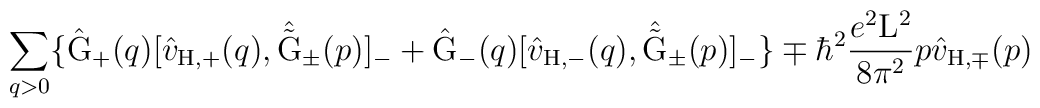
\sum_{q>0} \{ \hat{\rm G}_{+}(q) [\hat{v}_{\rm H,+}(q) ,\hat{\tilde{\rm G}}_{\pm}(p)]_{-} + \hat{\rm G}_{-}(q)[\hat{v}_{\rm H,-}(q),\hat{\tilde{\rm G}}_{\pm}(p)]_{-} \} \mp {\hbar}^2\frac{e^2{\rm L}^2}{8{\pi}^2} p \hat{v}_{\rm H,\mp}(p)